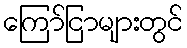
ကြော်ငြာများတွင်